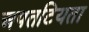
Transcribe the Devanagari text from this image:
अपतटियता